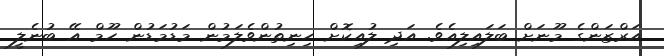
އަރްޒަންގެ މޫނަށް ބަލައިލިއެވެ. އަދި ލުއިކޮށް ހިނިތުންވެލަމުން މަޑުމަޑުން ހޫމް އޭ ބުނެލީ